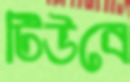
টিউবে